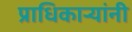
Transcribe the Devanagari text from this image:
प्राधिकाऱ्यांनी